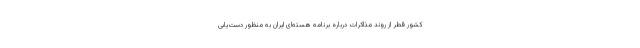
کشور قطر از روند مذاکرات درباره برنامه هسته‌ای ایران به منظور دست‌یابی